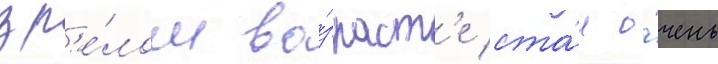
зр'е́лом во́зраст'е ста́л о́чень